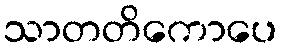
သာတတိကောပေ